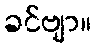
ခင်ဗျာ။